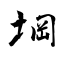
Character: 堈